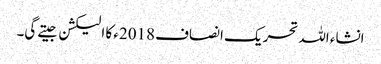
انشاء اللہ تحریک انصاف 2018ء کا الیکشن جیتے گی۔